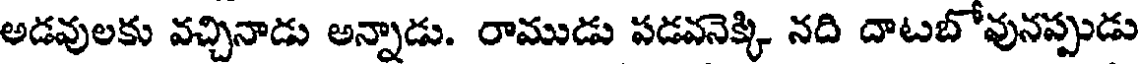
అడవులకు వచ్చినాడు అన్నాడు. రాముడు పడవనెక్కి నది దాటబోవునప్పుడు